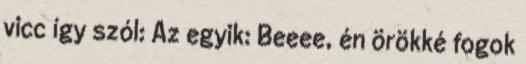
vicc így szól: Az egyik: Beeee, én örökké fogok